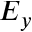
E _ { y }